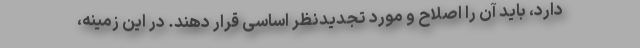
دارد، باید آن را اصلاح و مورد تجدیدنظر اساسی قرار دهند. در این زمینه،